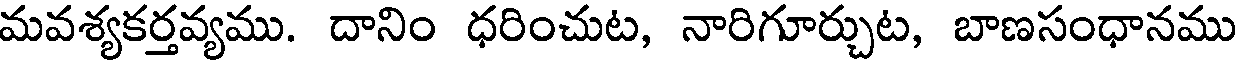
మవశ్యకర్తవ్యము. దానిం ధరించుట, నారిగూర్చుట, బాణసంధానము